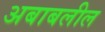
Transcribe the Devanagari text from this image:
अबाबलील